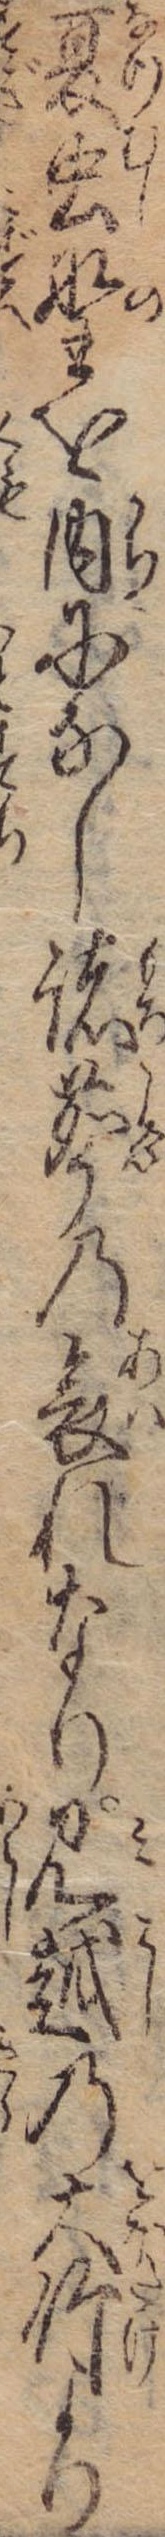
夏虫野を内になし諸声の哀れなり見越の大竹より